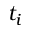
t _ { i }